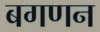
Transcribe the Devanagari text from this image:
बगणन